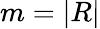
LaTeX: m=|R|